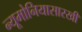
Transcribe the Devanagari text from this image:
न्यूमोनियासारखी